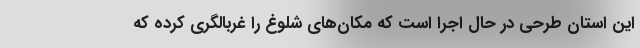
این استان طرحی در حال اجرا است که مکان‌های شلوغ را غربالگری کرده که